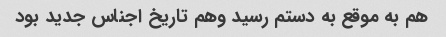
هم به موقع به دستم رسید وهم تاریخ اجناس جدید بود